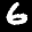
Label: 6